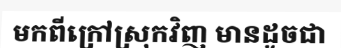
មកពីក្រៅស្រុកវិញ មានដូចជា